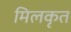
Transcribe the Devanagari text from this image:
मिलकृत